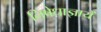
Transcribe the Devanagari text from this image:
निषेधाज्ञायें